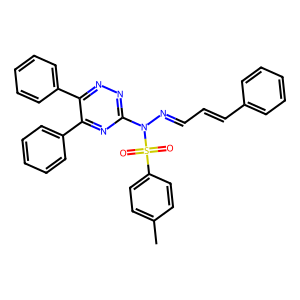
SMILES: Cc1ccc(S(=O)(=O)N(N=CC=Cc2ccccc2)c2nnc(-c3ccccc3)c(-c3ccccc3)n2)cc1
Inhibits HIV replication: No